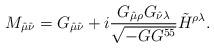
LaTeX: \begin{align*}M_{\hat\mu\hat\nu} = G_{\hat\mu\hat\nu} + i {G_{\hat\mu \rho} G_{\hat\nu\lambda}\over \sqrt{- GG^{55}}} \tilde{H}^{\rho\lambda}.\end{align*}